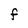
Character: F